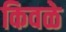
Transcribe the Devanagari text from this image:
किवळे